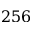
2 5 6